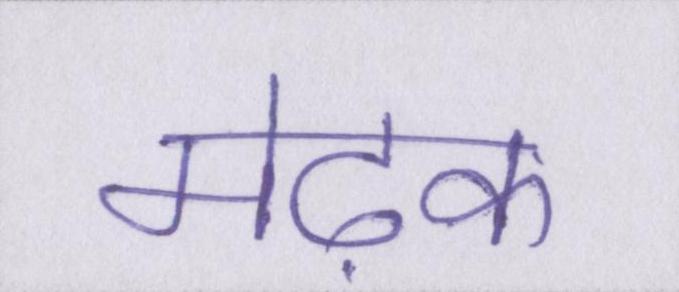
मेढ़क